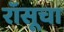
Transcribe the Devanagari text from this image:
रॉसूचा